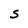
Character: S